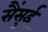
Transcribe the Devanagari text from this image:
सैंसुई